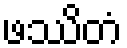
ဖဿိတံ